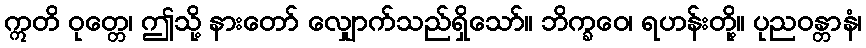
ဣတိ ဝုတ္တေ၊ ဤသို့ နားတော် လျှောက်သည်ရှိသော်။ ဘိက္ခဝေ၊ ရဟန်းတို့။ ပုညဝန္တာနံ၊